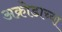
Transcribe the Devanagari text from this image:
अक्रोडाच्या